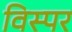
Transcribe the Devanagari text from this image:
विस्पर